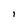
Character: 1